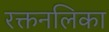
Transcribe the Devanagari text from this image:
रक्तनलिका